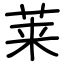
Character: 莱